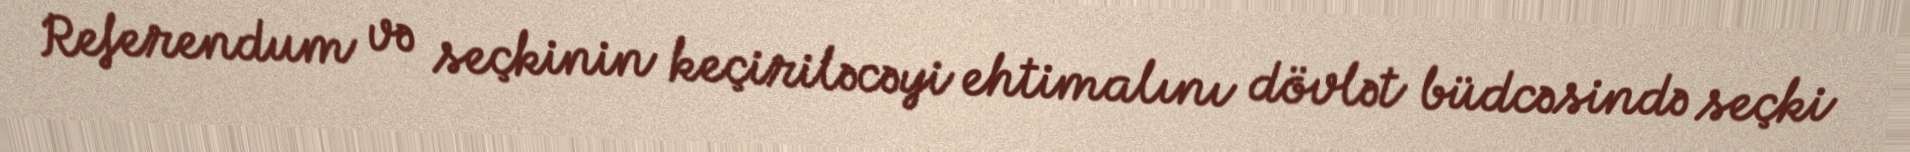
Referendum və seçkinin keçiriləcəyi ehtimalını dövlət büdcəsində seçki